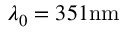
\lambda _ { 0 } = 3 5 1 \mathrm { { n m } }